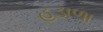
હડાળા